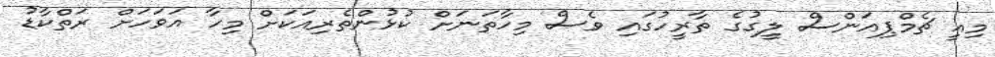
މިއީ ޗެމްޕިއަންސް ލީގުގެ ތާރީހުގައި ވެސް މިހާތަނަށް ކުޅުންތެރިއަކަށް މިހާ އަވަހަށް ރަތްކާޑު